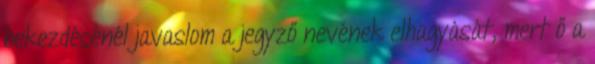
bekezdésénél javaslom a jegyző nevének elhagyását, mert ő a